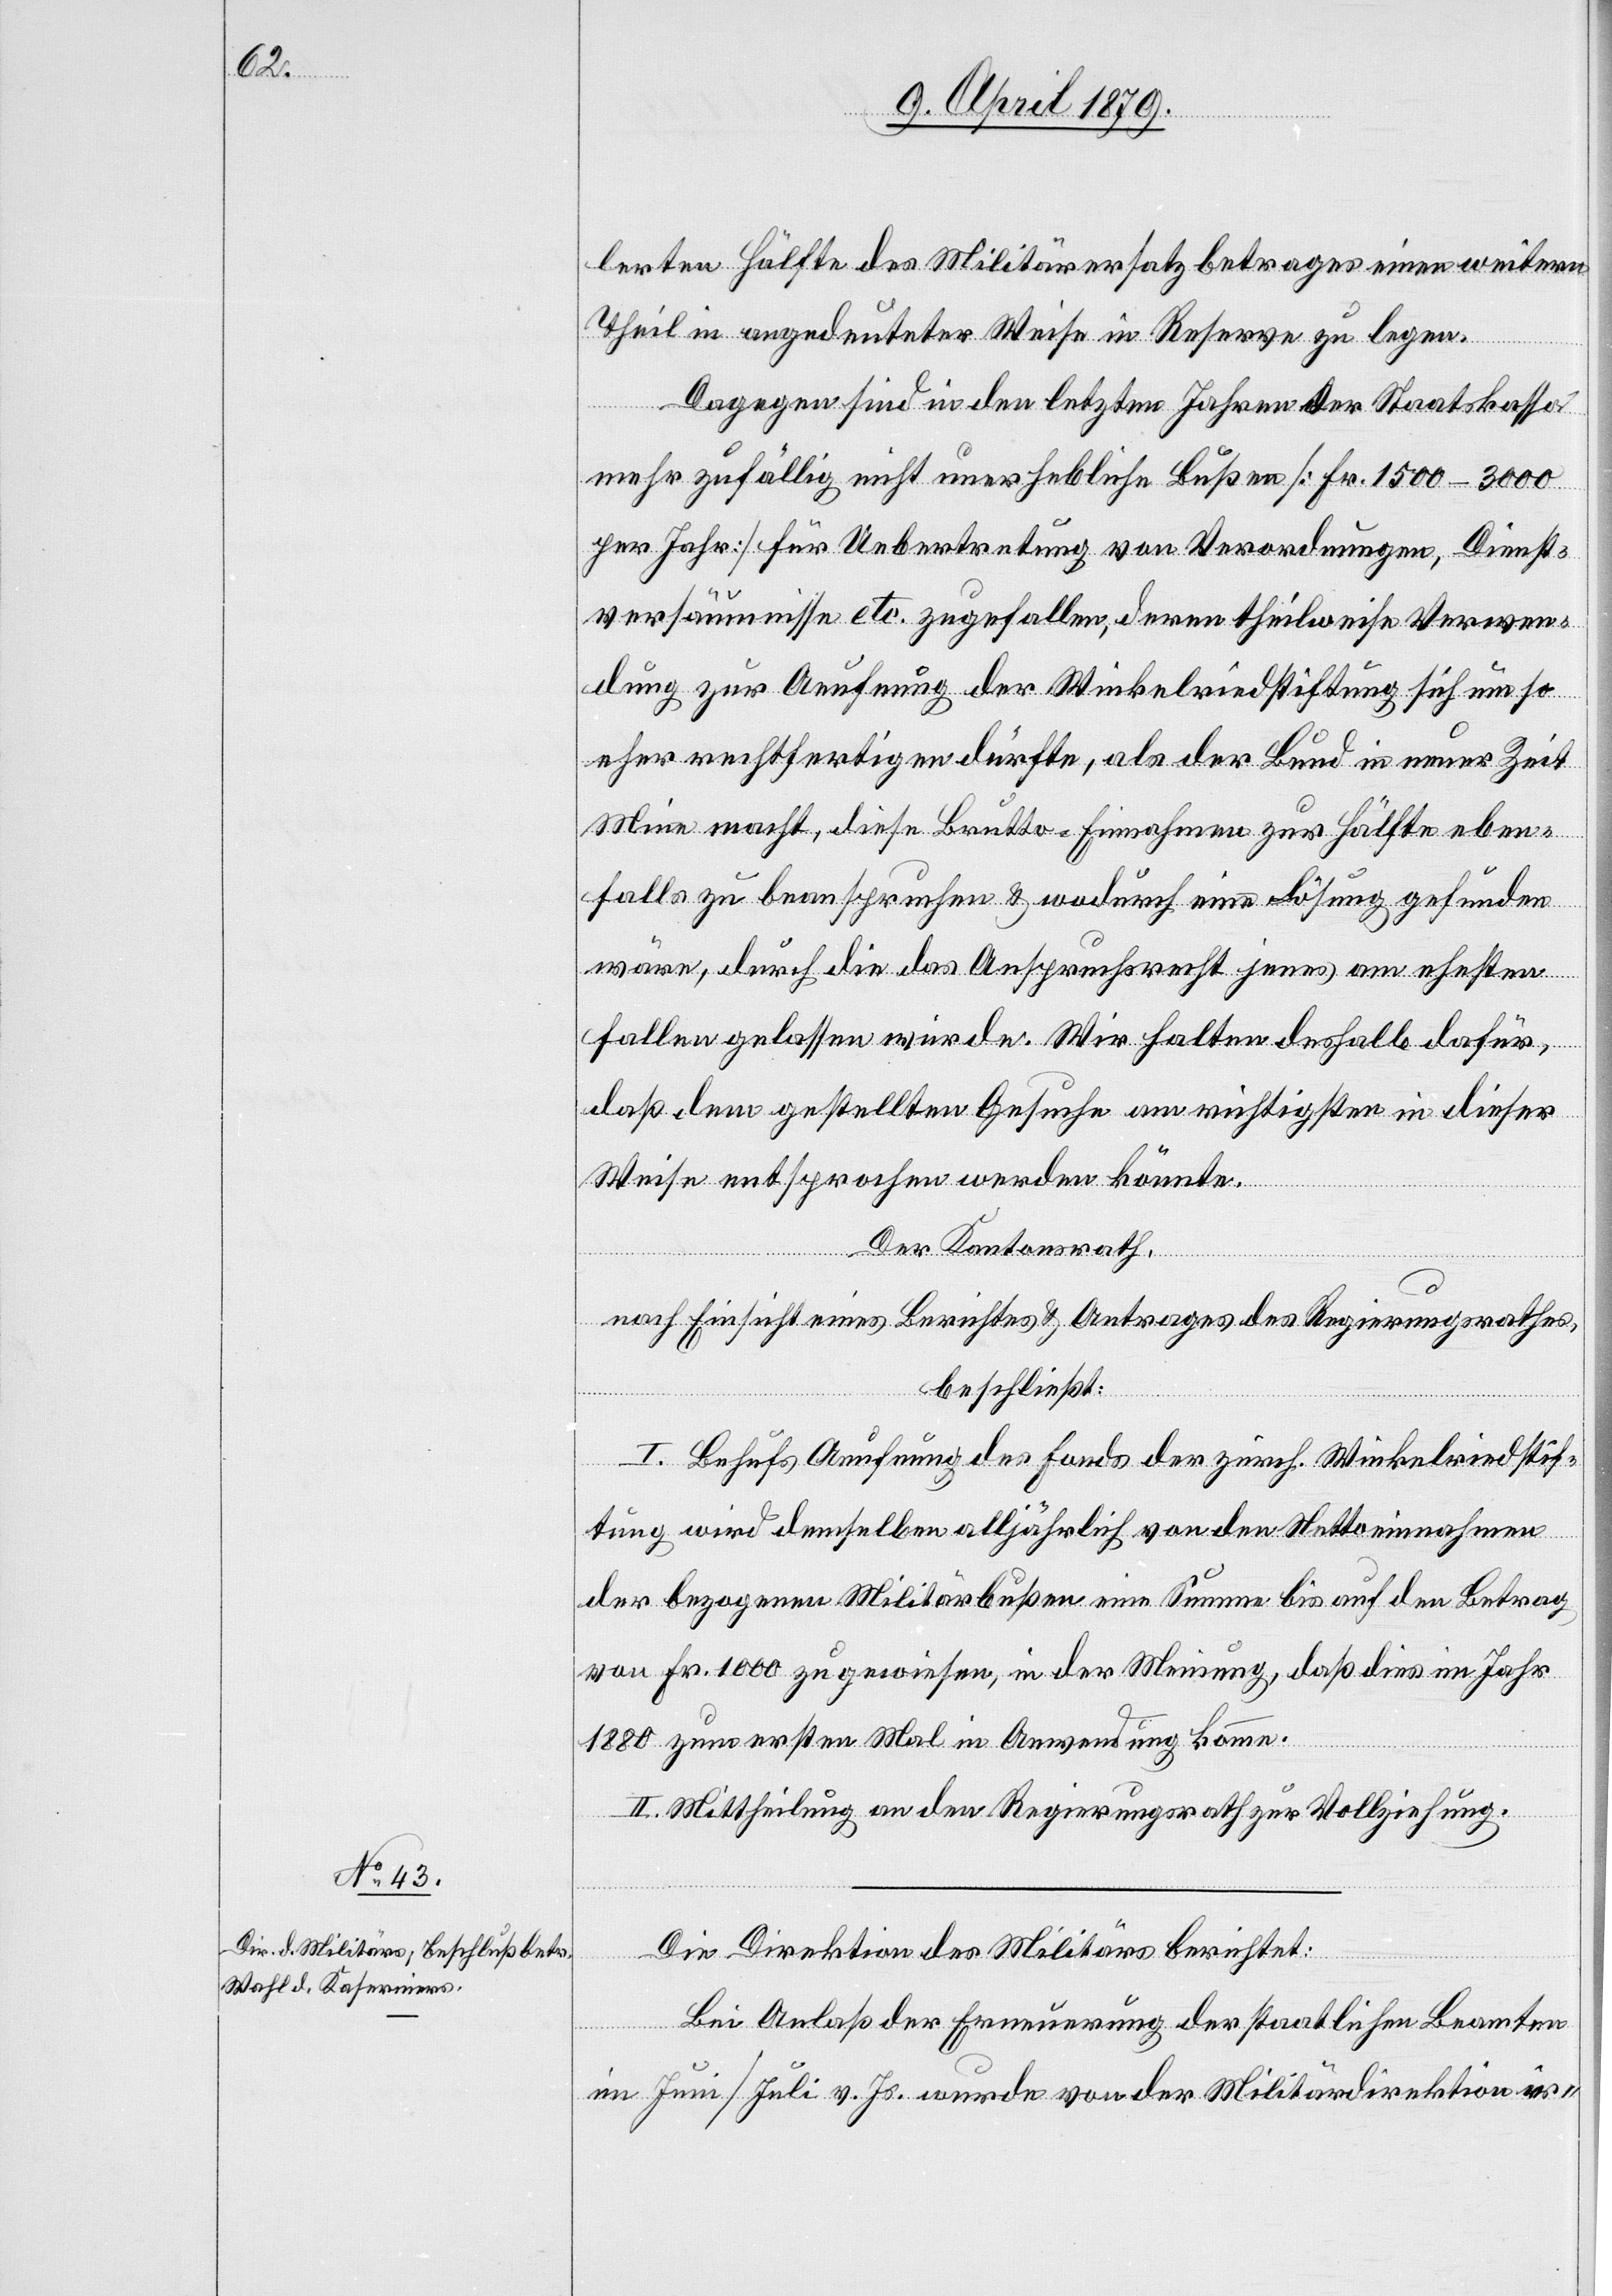
lerten Hälfte des Militärersatzbetrages einen weitern
Theil in angedeuteter Weise in Reserve zu legen.
Dagegen sind in den letzten Jahren der Staatskassa
mehr zufällig nicht unerhebliche Bußen [Fr. 1500–3000
per Jahr] für Uebertretung von Verordnungen, Dienst¬
versäumnisse etc. zugefallen, deren theilweise Verwen¬
dung zur Aeufnung der Winkelriedstiftung sich um so
eher rechtfertigen dürfte, als der Bund in neuer Zeit
Mine macht, diese Brutto-Einnahmen zur Hälfte eben¬
falls zu beanspruchen & wodurch eine Lösung gefunden
wäre, durch die das Anspruchsrecht jenes am ehesten
fallen gelassen würde. Wir halten deshalb dafür,
daß dem gestellten Gesuche am richtigsten in dieser
Weise entsprochen werden könnte.
Der Kantonsrath,
nach Einsicht eines Berichtes & Antrages des Regierungsrathes,
beschließt:
I. Behufs Aeufnung des Fonds der zürch. Winkelriedstif¬
tung wird demselben alljährlich von den Nettoeinnahmen
der bezogenen Militärbußen eine Summe bis auf den Betrag
von Fr. 1000 zugewiesen, in der Meinung, daß dies im Jahr
1880 zum ersten Mal in Anwendung komme.
II. Mittheilung an den Regierungsrath zur Vollziehung.
Die Direktion des Militärs berichtet:
Bei Anlaß der Erneuerung der staatlichen Beamten
im Juni/Juli v. Js. wurde von der Militärdirektion ir-